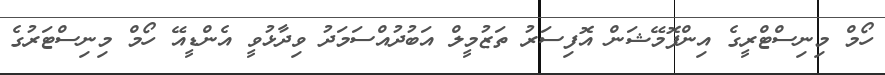
ހޯމް މިނިސްޓްރީގެ އިންފޮމޭޝަން އޮފިސަރު ތަޒުމީލް އަބުދުއްސަމަދު ވިދާޅުވީ އެންޑީއޭ ހޯމް މިނިސްޓަރުގެ